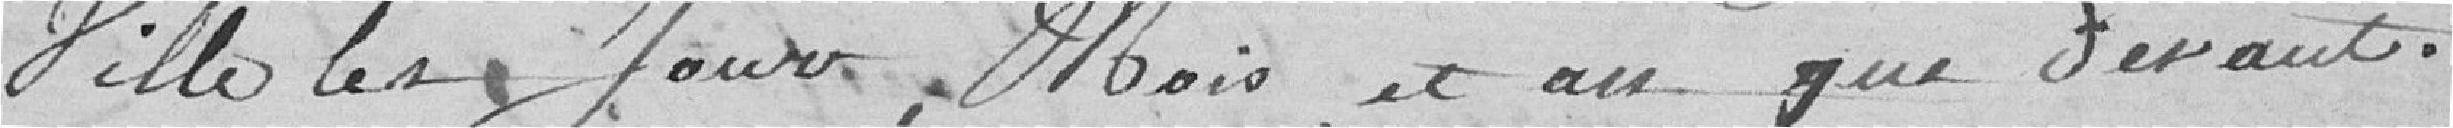
Ville les Jour, Mois, et an que devant.